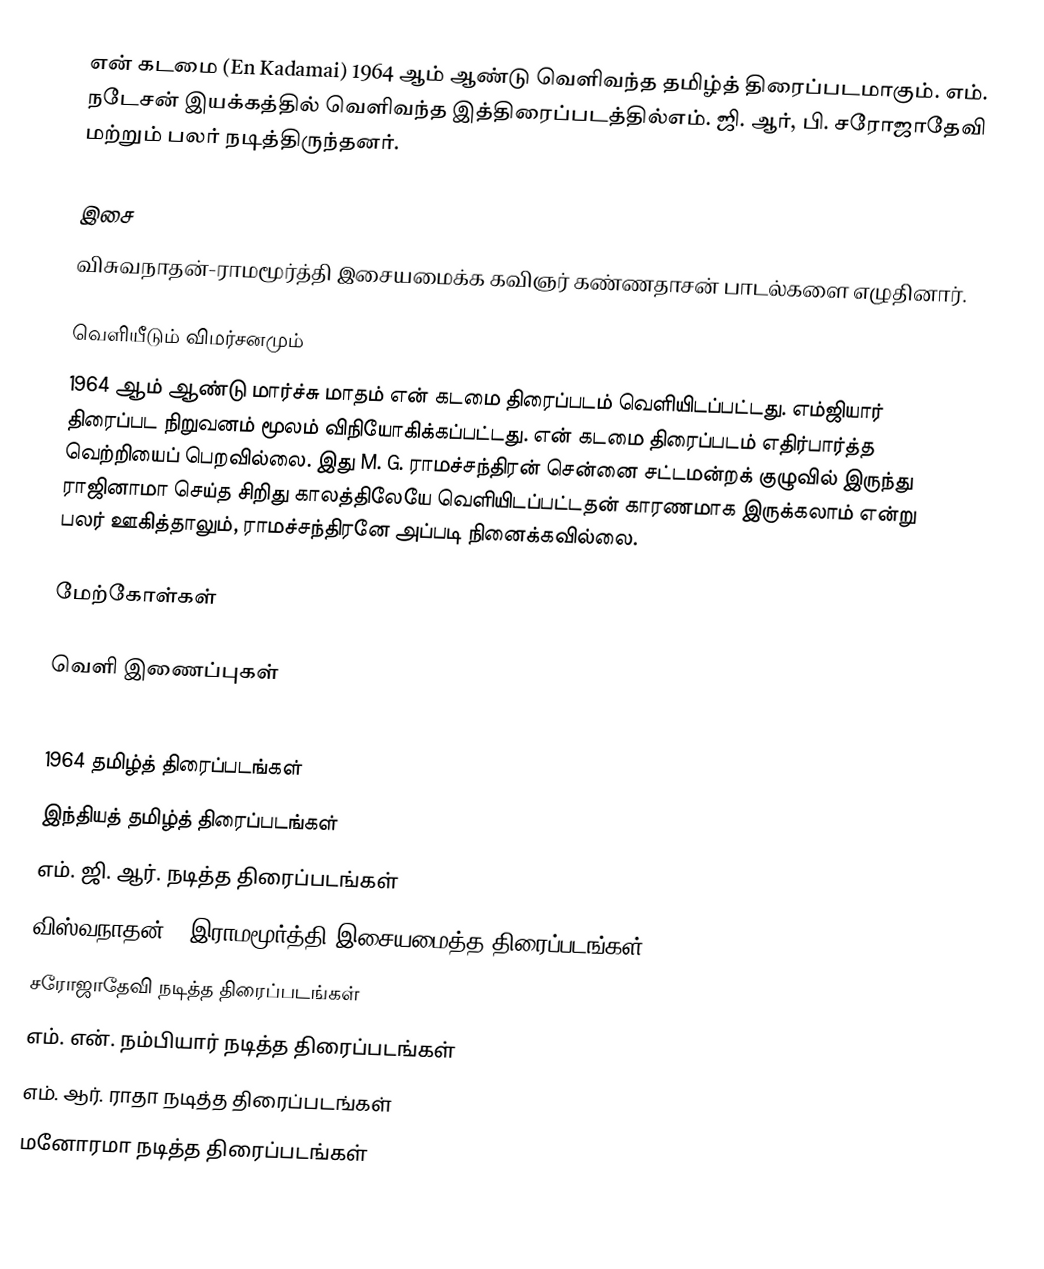
என் கடமை (En Kadamai) 1964 ஆம் ஆண்டு வெளிவந்த தமிழ்த் திரைப்படமாகும். எம். நடேசன் இயக்கத்தில் வெளிவந்த இத்திரைப்படத்தில்எம். ஜி. ஆர், பி. சரோஜாதேவி மற்றும் பலர் நடித்திருந்தனர்.

இசை
விசுவநாதன்-ராமமூர்த்தி இசையமைக்க கவிஞர் கண்ணதாசன் பாடல்களை எழுதினார்.

வெளியீடும் விமர்சனமும்
1964 ஆம் ஆண்டு மார்ச்சு மாதம் என் கடமை திரைப்படம் வெளியிடப்பட்டது. எம்ஜியார் திரைப்பட நிறுவனம்  மூலம் விநியோகிக்கப்பட்டது. என் கடமை திரைப்படம் எதிர்பார்த்த வெற்றியைப் பெறவில்லை. இது M. G. ராமச்சந்திரன் சென்னை சட்டமன்றக் குழுவில் இருந்து ராஜினாமா செய்த சிறிது காலத்திலேயே வெளியிடப்பட்டதன் காரணமாக இருக்கலாம் என்று பலர் ஊகித்தாலும், ராமச்சந்திரனே அப்படி நினைக்கவில்லை.

மேற்கோள்கள்

வெளி இணைப்புகள்

1964 தமிழ்த் திரைப்படங்கள்
இந்தியத் தமிழ்த் திரைப்படங்கள்
எம். ஜி. ஆர். நடித்த திரைப்படங்கள்
விஸ்வநாதன் - இராமமூர்த்தி இசையமைத்த திரைப்படங்கள்
சரோஜாதேவி நடித்த திரைப்படங்கள்
எம். என். நம்பியார் நடித்த திரைப்படங்கள்
எம். ஆர். ராதா நடித்த திரைப்படங்கள்
மனோரமா நடித்த திரைப்படங்கள்